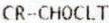
CR-CHOCLT